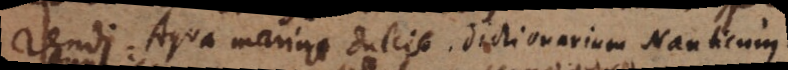
rendi. Aqua marina dulcis. Dictionarium Nauticum.